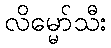
လိမ္မော်သီး